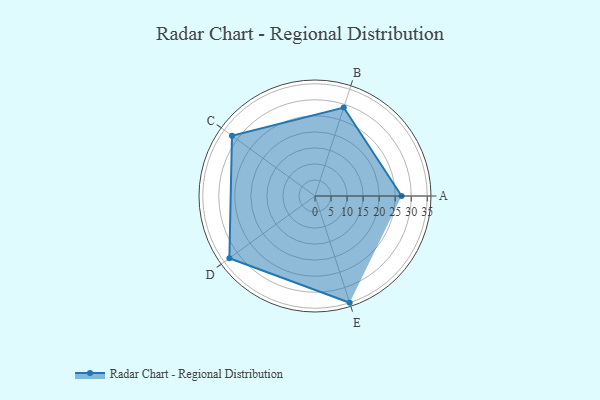
{"axis": {"x": "Skill", "y": "Score"}, "legend": ["Profile"], "data": [{"x": "A", "y": 27.0, "type": "Profile"}, {"x": "B", "y": 29.0, "type": "Profile"}, {"x": "C", "y": 32.0, "type": "Profile"}, {"x": "D", "y": 33.0, "type": "Profile"}, {"x": "E", "y": 35.0, "type": "Profile"}]}